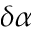
\delta \alpha